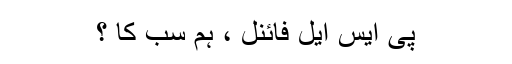
پی ایس ایل فائنل ، ہم سب کا ؟